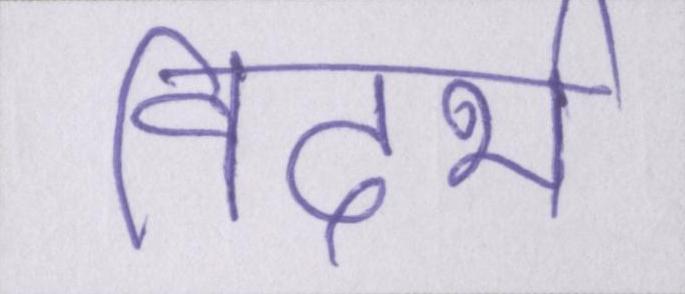
विदर्भ